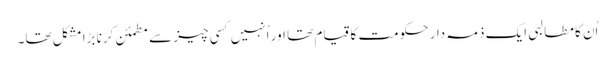
اُن کا مطالبی ایک ذمہ دار حکومت کا قیام تھا اور اُنہیں کسی چیز سے مطمئن کرنا بڑا مشکل تھا۔